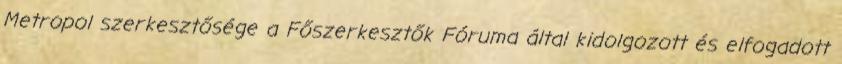
Metropol szerkesztősége a Főszerkesztők Fóruma által kidolgozott és elfogadott